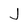
Character: J